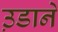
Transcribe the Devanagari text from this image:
उ़डाने